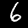
Digit: 6